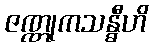
ဇဏ္ဏုကသန္ဓီဟိ